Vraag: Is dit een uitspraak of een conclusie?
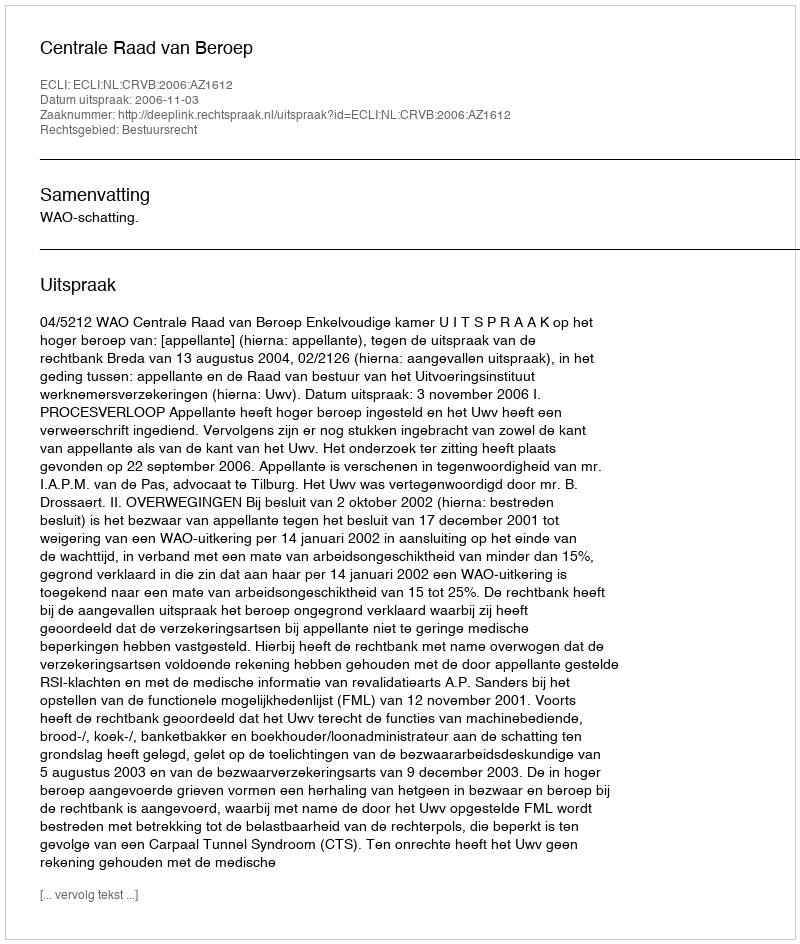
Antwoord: Uitspraak